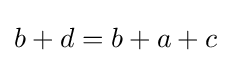
b+d=b+a+c